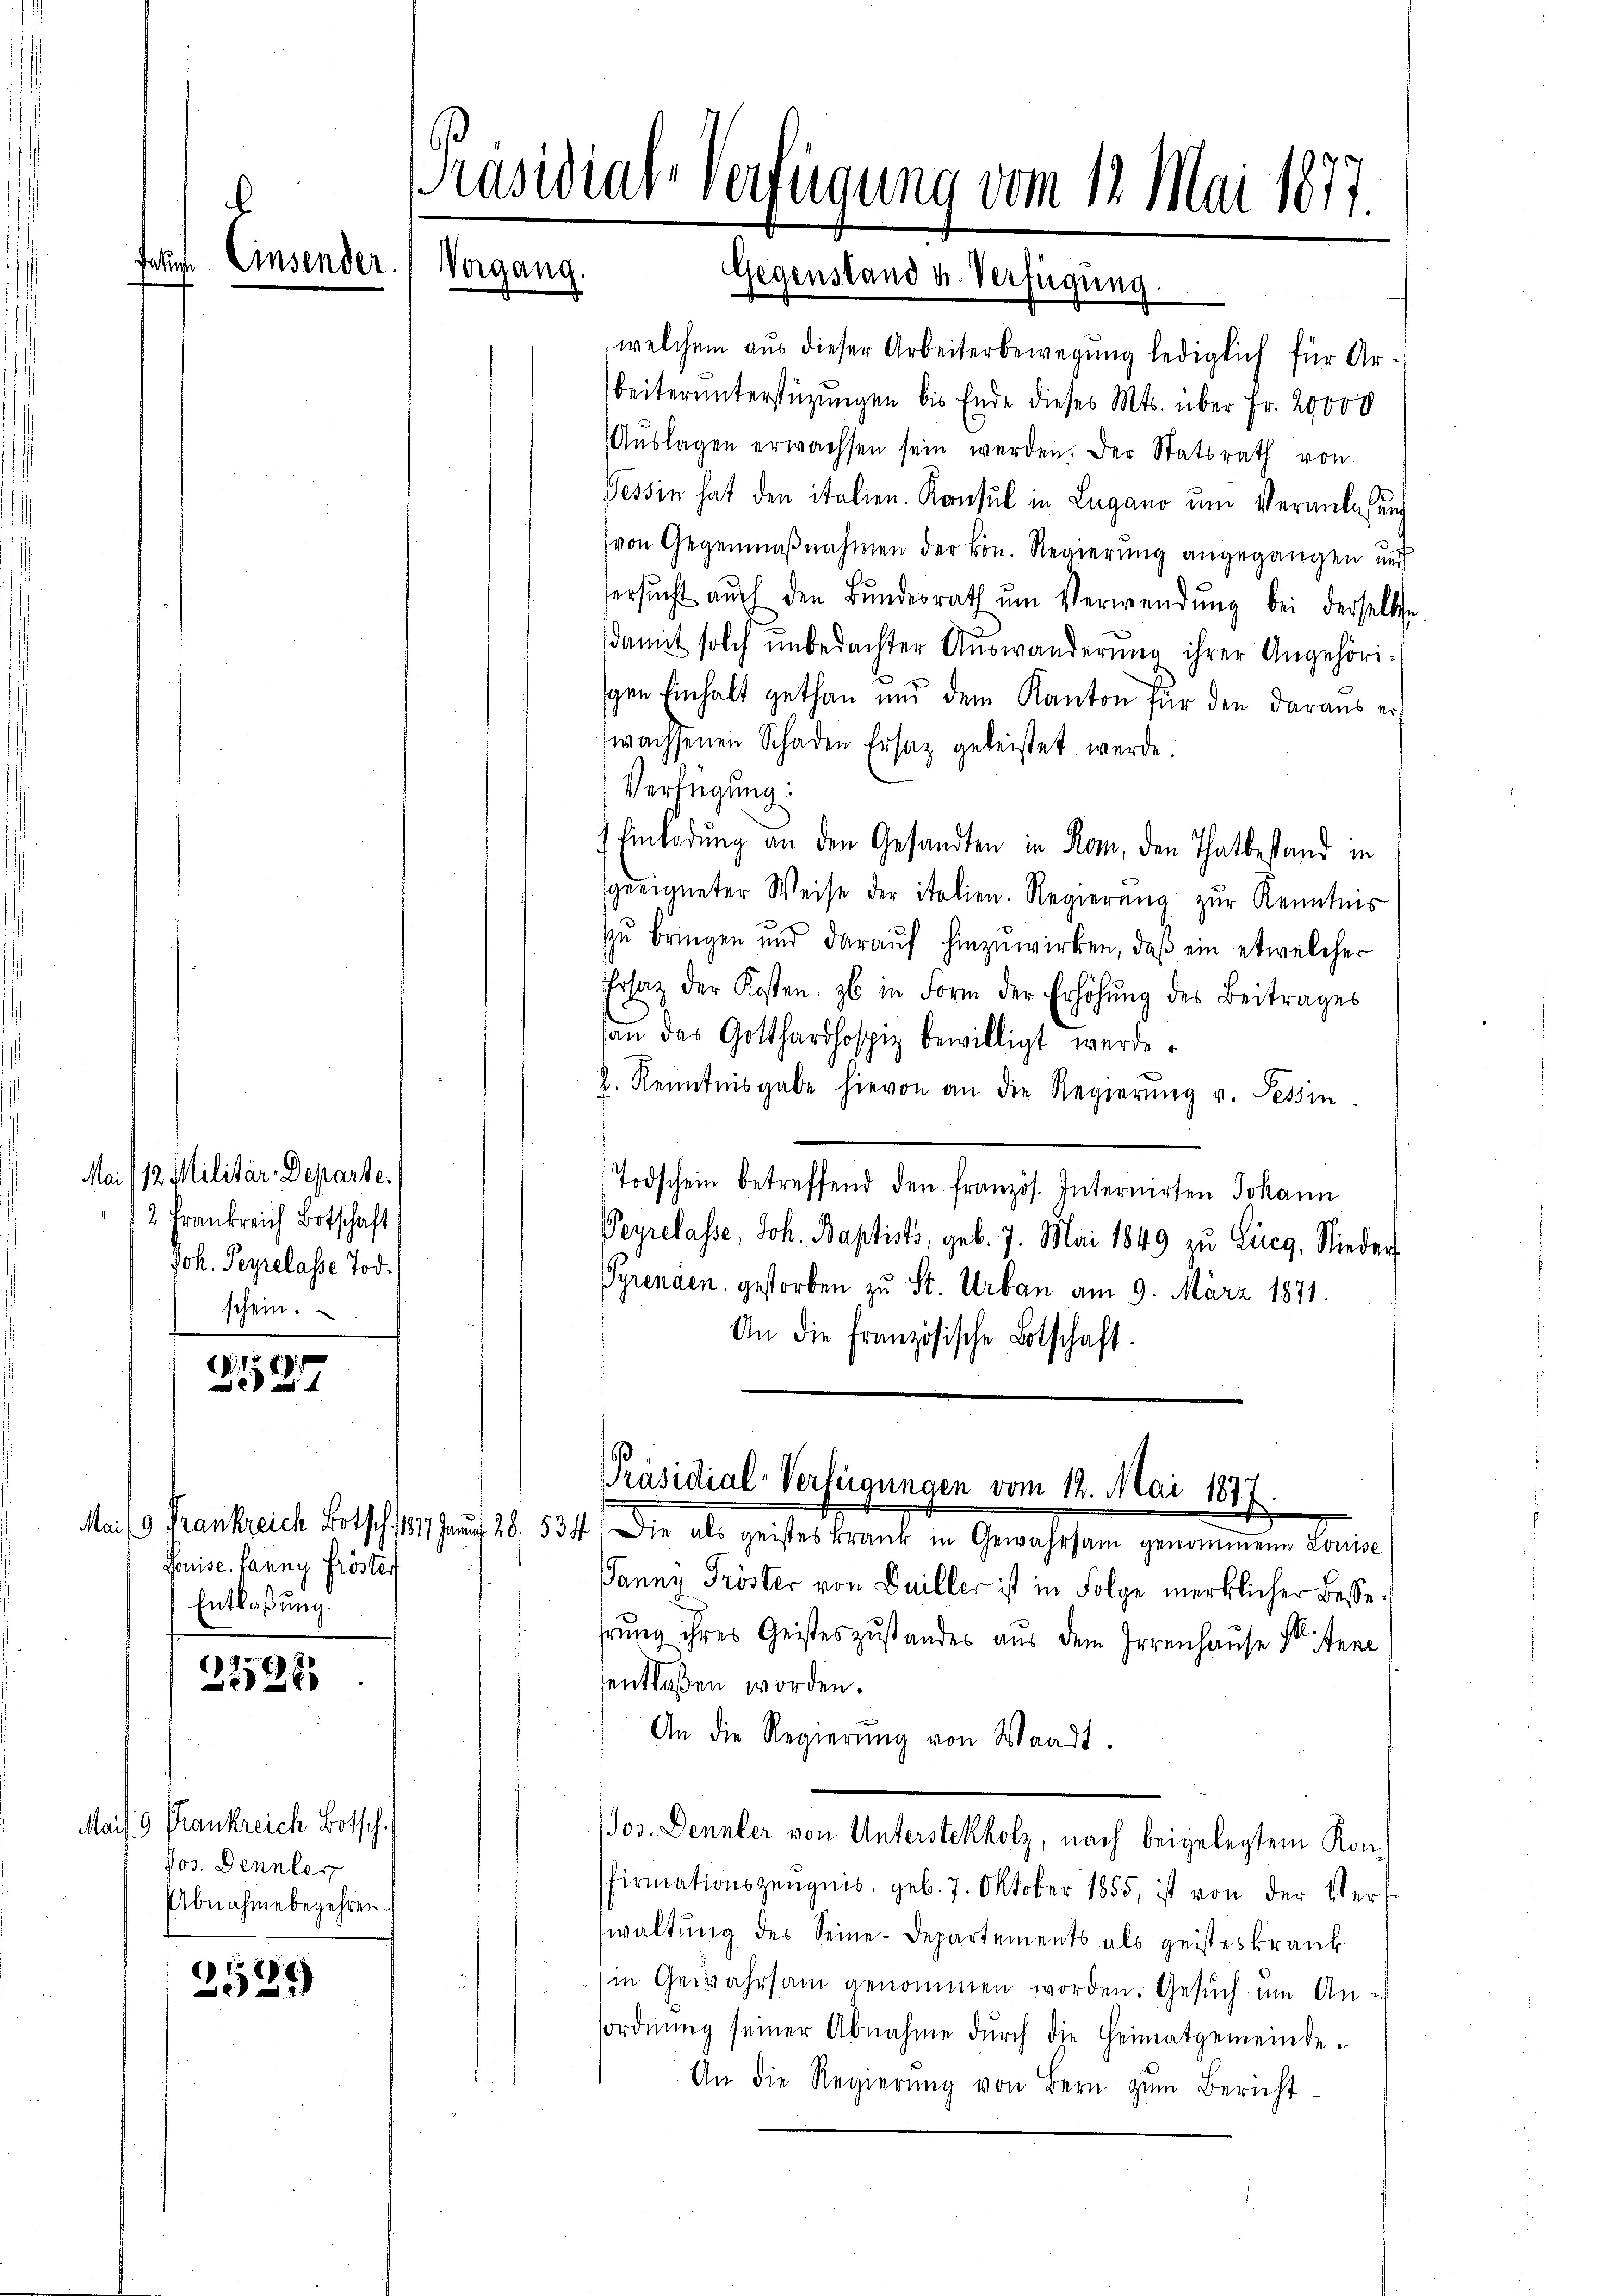
e

Mai/12. Militär-Departe.
2 Frankreich Botschaft
Joh. Peyrelasse Tod.
 schein.

)
B 4

Pouise. Janny fröster
Entlaßung.

.
327

Maif 9 Frankreich Botsch.
Vos. Dennler
Abnahme begehren.

2529

Präsidial-Verfügung vom 12. Mai 1877.
Einander
Vorgang.
Gegenstand u. Verfügung

welchem aus dieser Arbeiterbewegung lediglich für Arbeiterunterstüzungen bis Ende dieses Mts. über Fr. 20000
Aŭslagen erwachsen sein werden. Der Statsrath von
Tessin hat den italien. Konsul in Lugano um Veranlaßung
(von Gegenmaßnahmen der Hrn. Regierung angegangen und
ersŭcht auch den Bŭndesrath ŭm Verwendŭng bei derselbe
damit solch unbedachter Auswanderŭng ihrer Angehöriigen Einhalt gethan und dem Kanton für den daraus er
wachsenen Schaden Ersatz geleistet werde.
Verfügung:
Einladung an den Gesandten in Rom, den Thatbestand in
geeigneter Weise der italien. Regierŭng zŭr Kenntnis
zu bringen und darauf hinzuwirken, daß ein etwelcher
Ersatz der Kosten, ob in Form der Erhöhŭng des Beitrages
an das Gotthardhospiz bewilligt werde.
2. Kenntnisgabe hievon an die Regierŭng v. Tessin
Todschein betreffend den französ. Internirten Johann
Peyrelasse, Joh. Baptists, geb. 7. Mai 1849 zu Lieg, Nieder
Pyrenden, gestorben zu St. Urban am 9. März 1871.
An die französische Botschaft.

[Präsidial-Verfügungen vom 12. Mai 1877
Mai/19. Frankreich Botsch 1817 f 28 534. Die als geistes krank in Gewahrsam genommene Louise

Janny Tröster von Duiller ist in Folge merklicher Bessehrung ihres Geisteszustandes aus dem Irrenhause St. Jene
sentlaßen worden.
An die Regierŭng von Waadt.
sor. Daneben nach beigelegten Ker
firmationszeŭgnis, geb. 7. Oktober 1855, ist von der Ver-
waltung des Seine-Departements als geisteskrankin Gewahrsam genommen worden. Gesŭch um An-
sordnŭng seiner Abnahme dŭrch die Heimatgemeinde.
An die Regierŭng von Bern zŭm Bericht